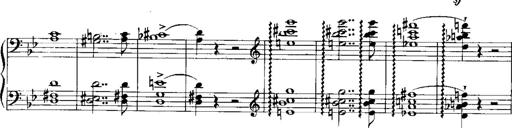
Title: RÃ©miniscences de Norma de Bellini
Composer: Franz Liszt